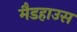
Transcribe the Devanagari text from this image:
मैडहाउस